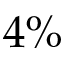
4 \%